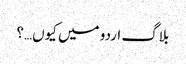
بلاگ اردو میں کیوں…؟